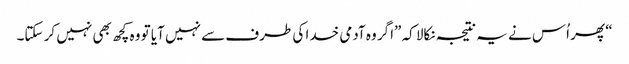
‏“‏ پھر اُس نے یہ نتیجہ نکالا کہ ”‏اگر وہ آدمی خدا کی طرف سے نہیں آیا تو وہ کچھ بھی نہیں کر سکتا۔